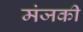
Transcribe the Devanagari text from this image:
मंजकी